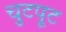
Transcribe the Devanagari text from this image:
चुटपूट